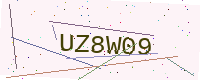
Text: UZ8W09